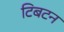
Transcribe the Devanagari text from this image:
टिबटन